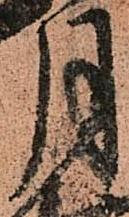
月